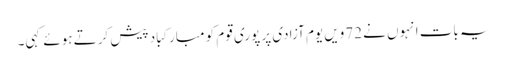
یہ بات انہوں نے 72ویں یوم آزادی پر پوری قوم کو مبارکباد پیش کرتے ہوئے کہی۔